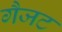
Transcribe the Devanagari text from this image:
गैजट